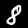
Digit: 8